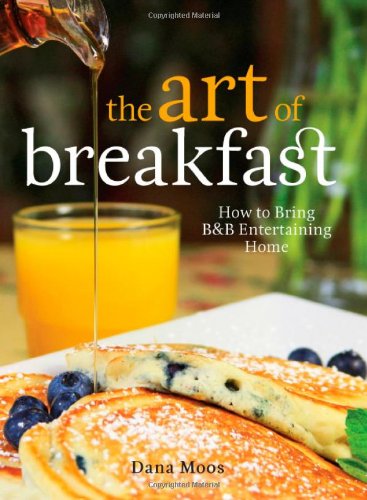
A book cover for The Art of Breakfast: How to Bring B&B Entertaining Home; Dana Moos; Cookbooks, Food & Wine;